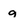
Character: g